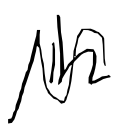
Text: in
Cross-out: wave
Writing tool: digital_black